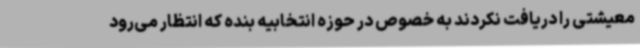
معیشتی را دریافت نکردند به خصوص در حوزه انتخابیه بنده که انتظار می‌رود